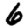
Digit: 6